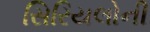
સિરિયલોની